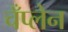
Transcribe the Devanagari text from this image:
चँप्लेन